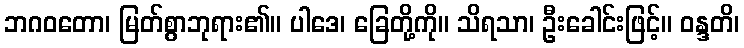
ဘဂဝတော၊ မြတ်စွာဘုရား၏။ ပါဒေ၊ ခြေတို့ကို။ သိရသာ၊ ဦးခေါင်းဖြင့်။ ဝန္ဒတိ၊